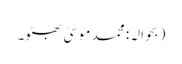
(بحوالہ: محمد موسیٰ بھٹو۔